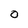
Character: O